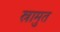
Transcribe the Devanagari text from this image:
स्रामुत